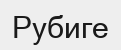
Рубиге